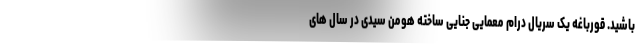
باشید. قورباغه یک سریال درام معمایی جنایی ساخته هومن سیدی در سال های